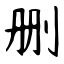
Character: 删